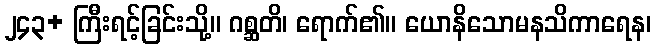
၂၄၃+ ကြီးရင့်ခြင်းသို့။ ဂစ္ဆတိ၊ ရောက်၏။ ယောနိသောမနသိကာရေန၊